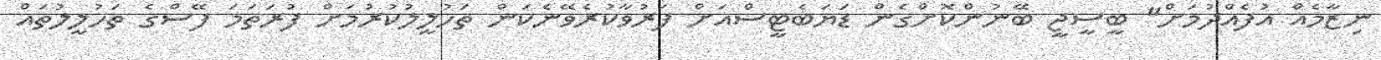
ނިޒާމެއް އުފެއްދުމަށް" ބީސީޖީ ބޭނުންކޮށްގެން ޑަޔަބެޓީސްއަށް ފަރުވާކުރެވޭނެކަން ތަހުލީލުކުރުމަށް ފުރަތަަމަ ފޭސްގެ ތަހުލީލުތައް